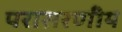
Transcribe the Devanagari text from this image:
परासरणीय